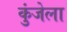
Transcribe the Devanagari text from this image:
कुंजेला